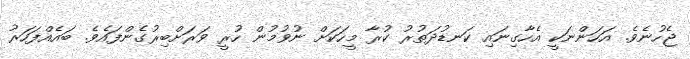
ޖެހުނެވެ. އަހަންނަކީ އެހާގިނައި ކަނޑުދަތުރު ކުރާ މީހަކަށް ނުވުމުން ހުރީ ވަރަށްބިރުގެންފައެވެ. ބައެއްފަހަރު